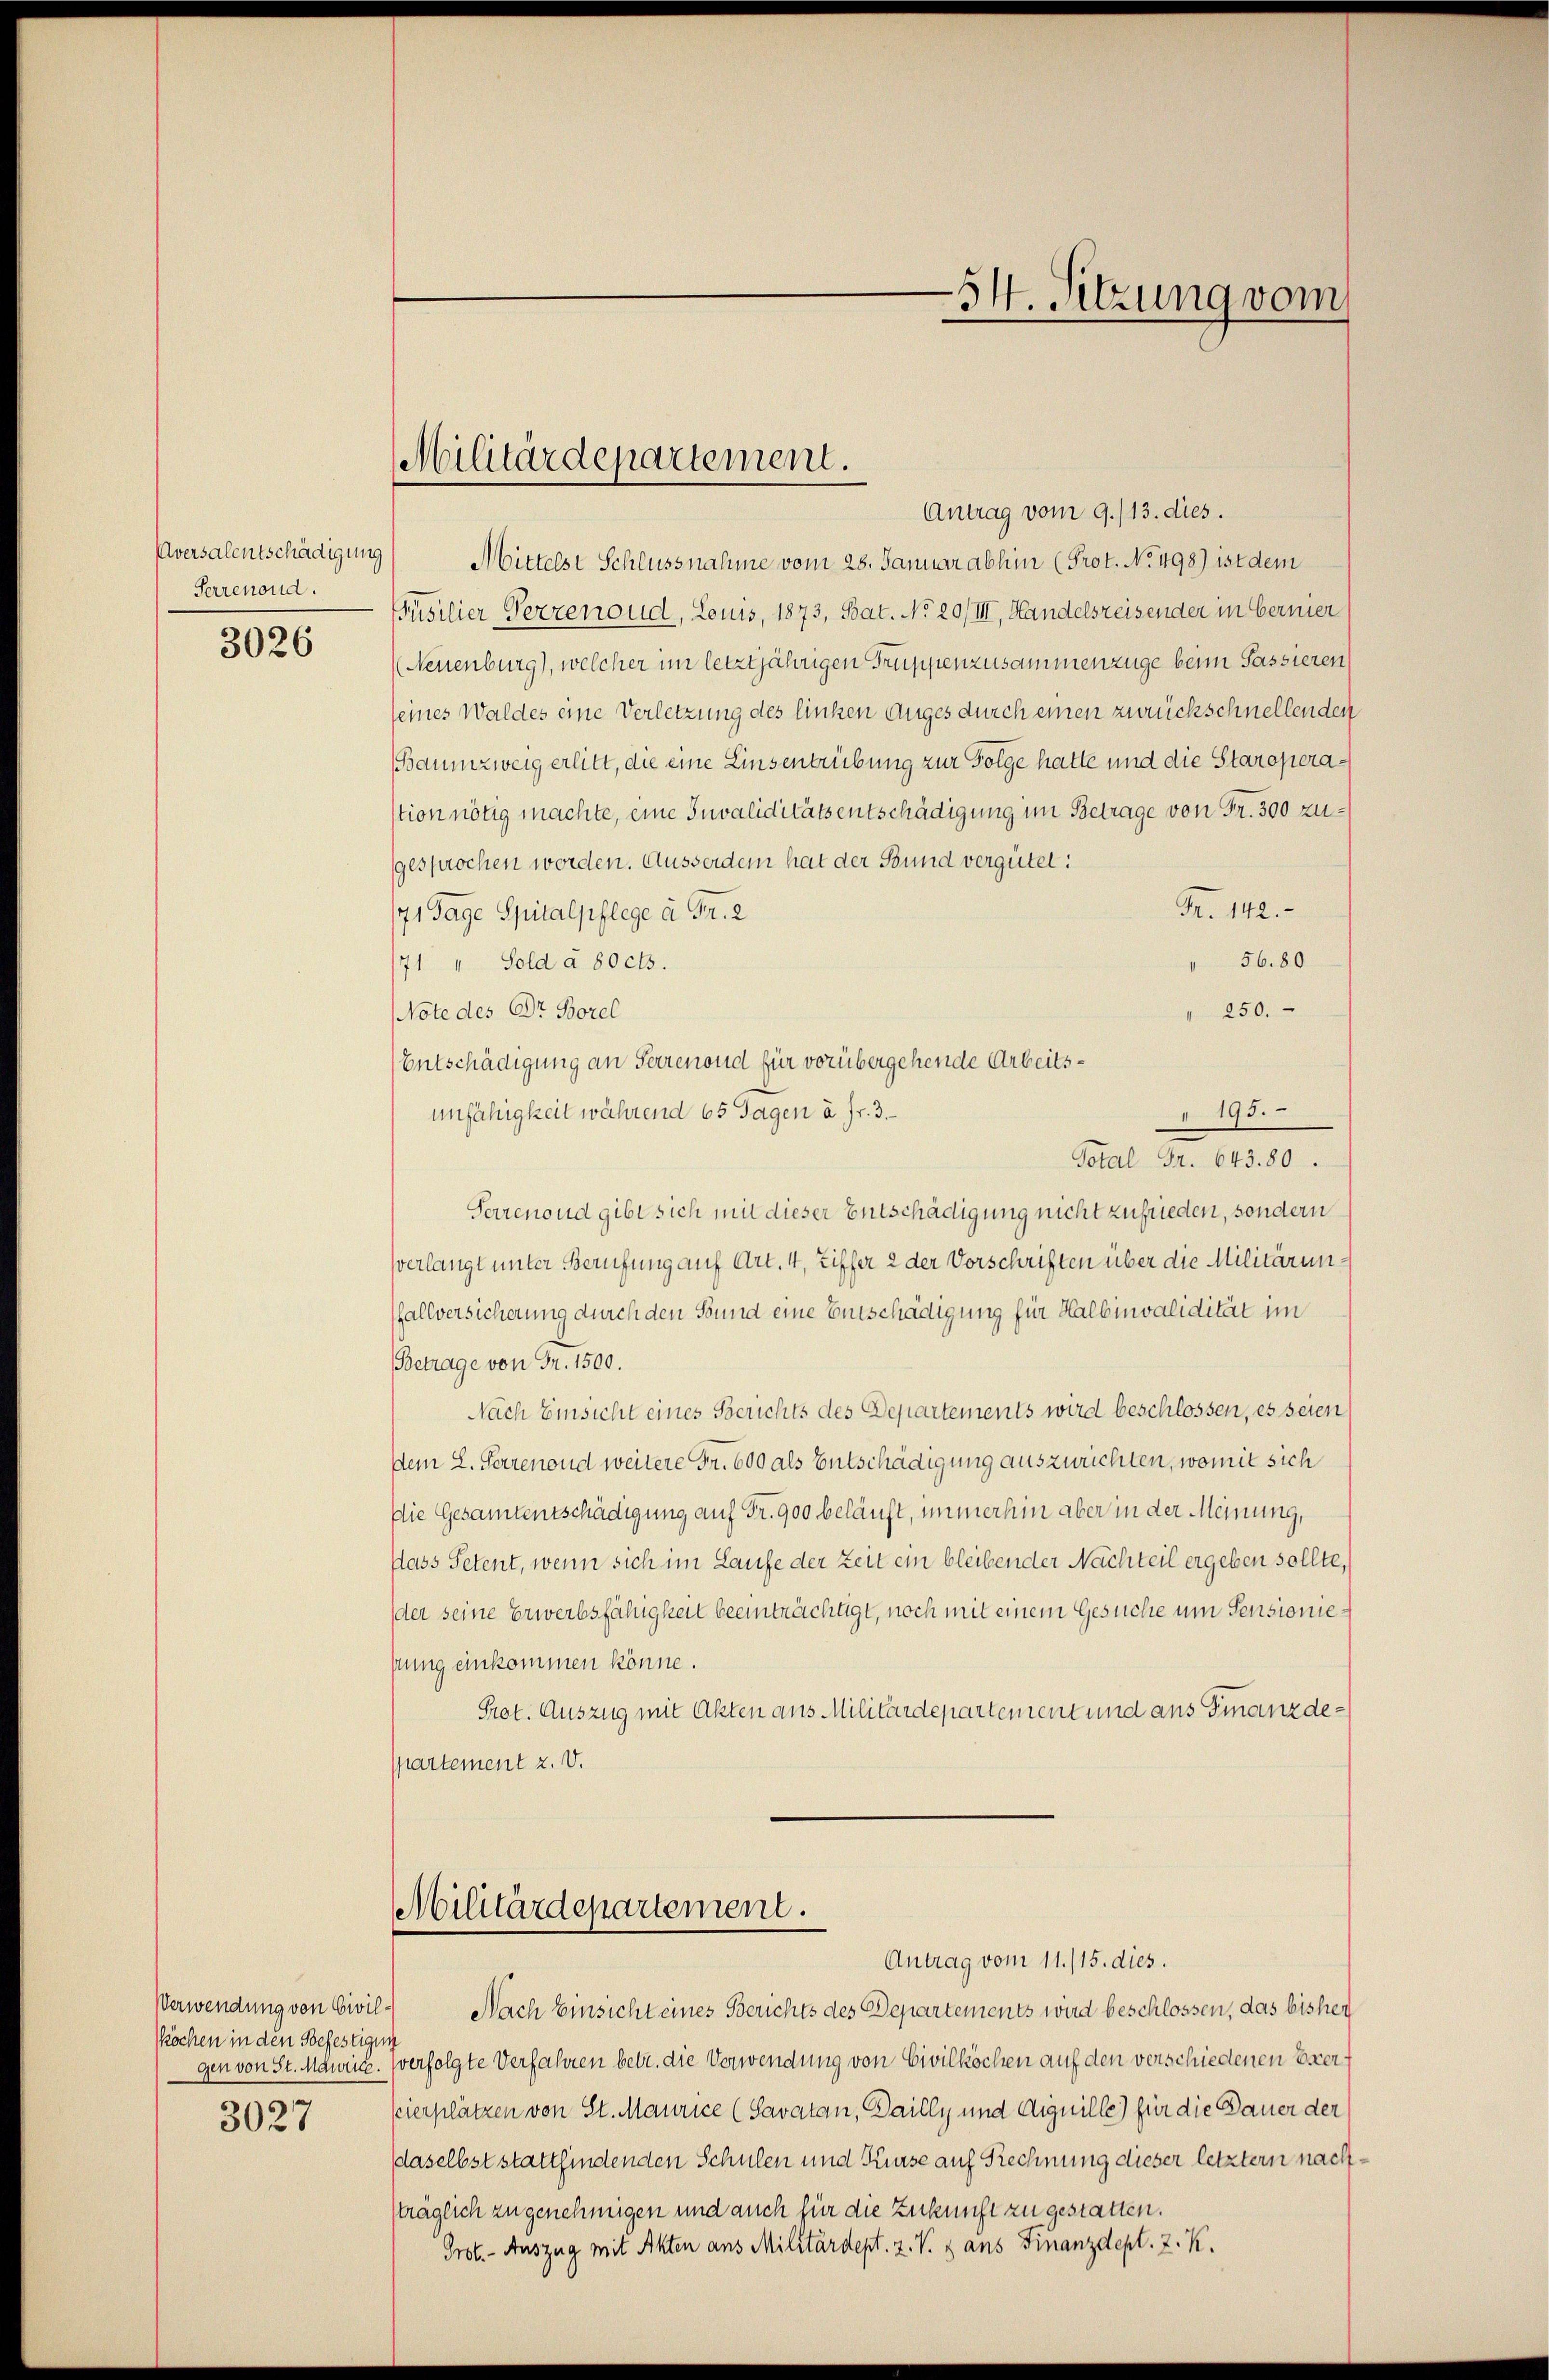
Aversalentschädigung
Serrenoud.
3026

Kochen in den Befestigun
3027

Militärdepartement.

Antrag vom 9./13. dies.
Mittelst Schlussnahme vom 28. Januar abhin (Prot. No. 498) ist dem
Püsilier Verzenoud, Louis, 1873, Bat. No 20/III, Handelsreisender in bernier
(Neuenburg), welcher im letztjährigen Truppenzusammenzüge beim Passieren
seines Waldes eine Verletzung des linken Auges durch einen zurückschnellenden
Baumzweig erlitt, die eine Linsentrübung zur Folge hatte und die Staroperastion nötig machte, eine Invaliditätsentschädigung im Betrage von Fr. 300 zugesprochen worden. Ausserden hat der Bund vergütet:
R. 142.
171 Tage Spitalpflege à Fr. 2
56.80
71 " Sold à 80 cts.
250.
Note des Dr. Borel
Entschädigung an Ferrenond für vorübergehende Arbeits¬
 195.
unfähigkeit während 65 Tagen à Fr. 3.
Tetal Fr. 645. 80.
Serrenoud gibt sich mit dieser Entschädigung nicht zufrieden, sondern
verlangt unter Berufung auf Art. 4, Ziffer 2 der Vorschriften über die Militärunffallversicherung durch den Bund eine Entschädigung für Halbinvalidität im
Betrage von Fr. 1500.
Nach Einsicht eines Gerichts des Departements wird beschlossen, es seien
dem L. Perrenoud weitere Fr. 600 als Entschädigung auszurichten, womit sich
Die Gesamtentschädigung auf Fr. 900 beläuft, immerhin aber in der Meinung,
flass Petent, wenn sich im Laufe der Zeit ein bleibender Nachteil ergeben sollte,
der seine Erwerbsfähigkeit beeinträchtigt, noch mit einem Gesuche um Pensioniepung einkommen könne.
Prot. Auszug mit Akten aus Militärdepartement und aus Finanzdespartement z. V.

Militärdepartement.
Antrag vom 11./15. dies.

Verwendung von Civil- Nach Einsicht eines Berichts des Departements wird beschlossen, das bisher
gen von St. Maurich. Verfolgte Verfahren betr. die Verwendung von Civilköchen auf den verschiedenen Exersierplätzen von St. Maurice (Savatan, Dailly und Aiguille) für die Dauer der
daselbst stattfindenden Schulen und Kurse auf Rechnung dieser letztern nachsträglich zu genehmigen und auch für die Zukunft zu gestatten.
Prot. - Auszug mit Akten aus Militärdept. Z. V. 8 ans Finanzdepl. z. K.

54. Sitzung vom